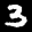
Label: 3